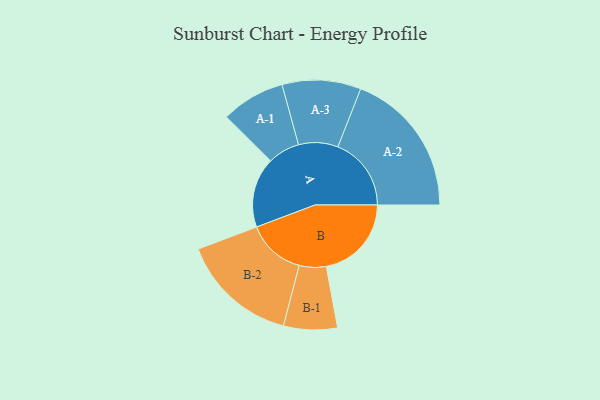
{"axis": {"x": "Segment", "y": "Value"}, "legend": ["", "A", "B"], "data": [{"x": "A", "y": 274, "type": ""}, {"x": "B", "y": 333, "type": ""}, {"x": "A-1", "y": 125, "type": "A"}, {"x": "A-2", "y": 287, "type": "A"}, {"x": "A-3", "y": 154, "type": "A"}, {"x": "B-1", "y": 105, "type": "B"}, {"x": "B-2", "y": 229, "type": "B"}]}